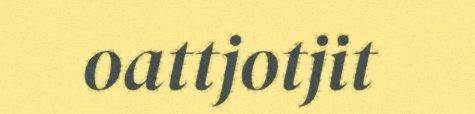
oattjotjit